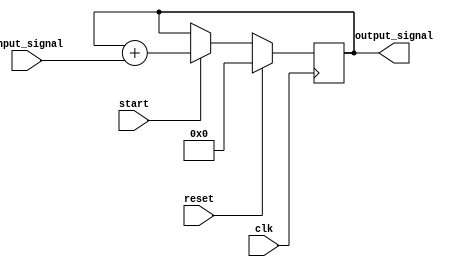
module accumulator (
  input clk,
  input reset,
  input start,
  input [7:0] input_signal,
  output reg [15:0] output_signal
);

reg [15:0] accumulator;

always @(posedge clk) begin
  if (reset) begin
    accumulator <= 16'b0;
  end else if (start) begin
    accumulator <= accumulator + input_signal;
  end
end

assign output_signal = accumulator;

endmodule